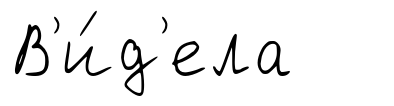
В'и́д'ела